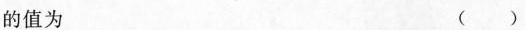
的值为 ()